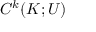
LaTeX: C ^ { k } ( K ; U )